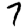
Digit: 7